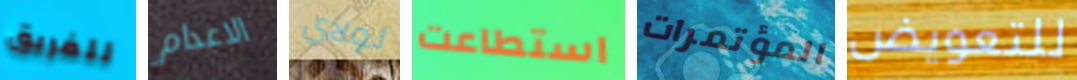
للفريق الاعدام لولاي استطاعت المؤتمرات للتعويض